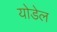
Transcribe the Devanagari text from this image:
योडेल